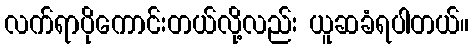
လက်ရာပိုကောင်းတယ်လို့လည်း ယူဆခံရပါတယ်။